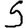
Digit: 5